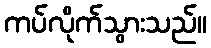
ကပ်လိုက်သွားသည်။